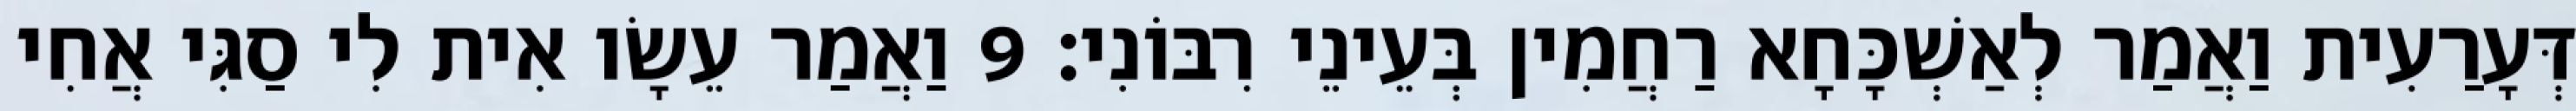
דְּעָרַעִית וַאֲמַר לְאַשְׁכָּחָא רַחֲמִין בְּעֵינֵי רִבּוֹנִי׃ 9 וַאֲמַר עֵשָׂו אִית לִי סַגִּי אֲחִי